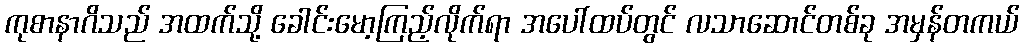
ကုစာနာဂိသည် အထက်သို့ ခေါင်းမော့ကြည့်လိုက်ရာ အပေါ်ထပ်တွင် လသာဆောင်တစ်ခု အမှန်တကယ်